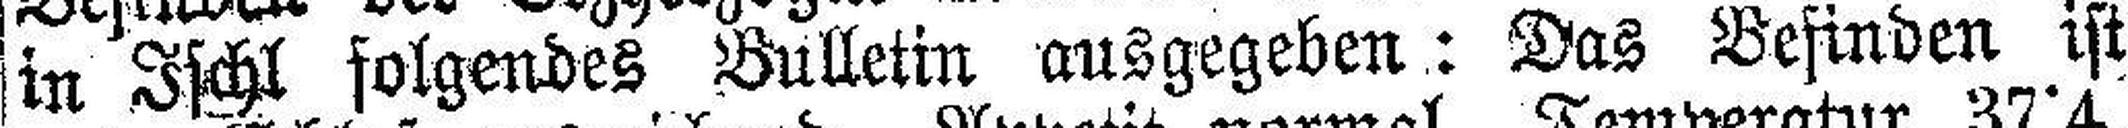
in Ischl folgendes Bulletin ausgegeben: Das Besinden ist